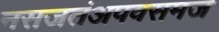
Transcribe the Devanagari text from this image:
नसजतंअपवसमज